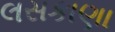
લસકાણા